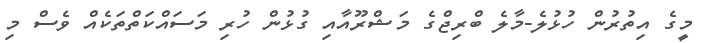
މީގެ އިތުރުން ހުޅުލެ-މާލެ ބްރިޖްގެ މަޝްރޫއާއި ގުޅުން ހުރި މަސައްކަތްތަކެއް ވެސް މި